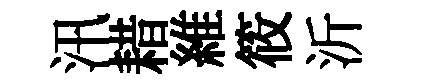
汛耤維筱沂